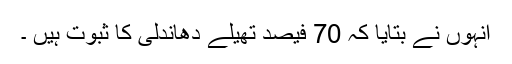
انہوں نے بتایا کہ 70 فیصد تھیلے دھاندلی کا ثبوت ہیں ۔